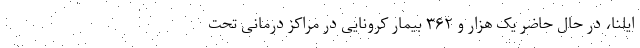
ایلنا، در حال حاضر یک هزار و ۳۶۲ بیمار کرونایی در مراکز درمانی تحت